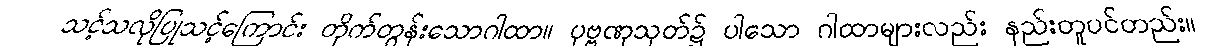
သင့်သလိုပြုသင့်ကြောင်း တိုက်တွန်းသောဂါထာ။ ပုဗ္ဗဏှသုတ်၌ ပါသော ဂါထာများလည်း နည်းတူပင်တည်း။